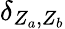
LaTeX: \mathbf{\delta}_{Z_{a},Z_{b}}